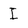
Character: I